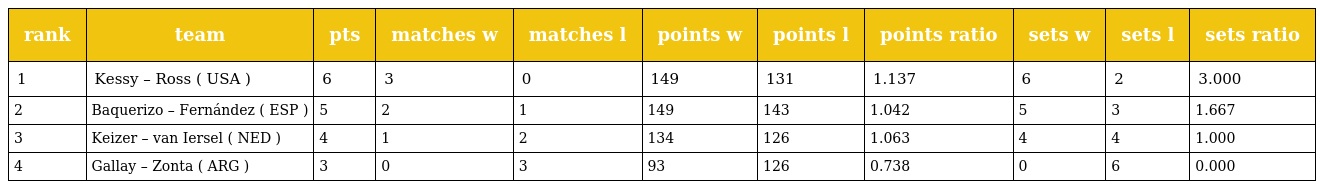
| rank | team | pts | matches w | matches l | points w | points l | points ratio | sets w | sets l | sets ratio |
 | --- | --- | --- | --- | --- | --- | --- | --- | --- | --- | --- |
 | 1 | Kessy – Ross ( USA ) | 6 | 3 | 0 | 149 | 131 | 1.137 | 6 | 2 | 3.000 |
 | 2 | Baquerizo – Fernández ( ESP ) | 5 | 2 | 1 | 149 | 143 | 1.042 | 5 | 3 | 1.667 |
 | 3 | Keizer – van Iersel ( NED ) | 4 | 1 | 2 | 134 | 126 | 1.063 | 4 | 4 | 1.000 |
 | 4 | Gallay – Zonta ( ARG ) | 3 | 0 | 3 | 93 | 126 | 0.738 | 0 | 6 | 0.000 |